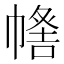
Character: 𢄰